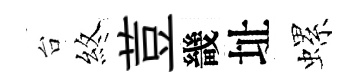
台煞荳畿址螺